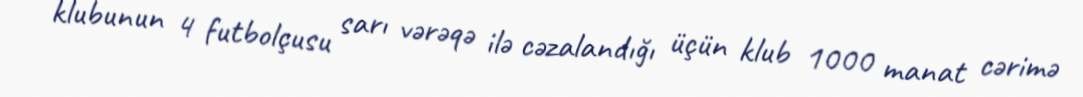
klubunun 4 futbolçusu sarı vərəqə ilə cəzalandığı üçün klub 1000 manat cərimə